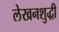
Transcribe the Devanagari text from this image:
लेखनशुद्धी